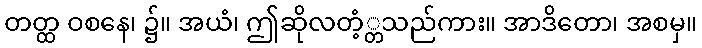
တတ္ထ ဝစနေ၊ ၌။ အယံ၊ ဤဆိုလတံ့္တသည်ကား။ အာဒိတော၊ အစမှ။